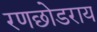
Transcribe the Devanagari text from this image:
रणछोडराय